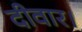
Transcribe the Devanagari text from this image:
दीवार।